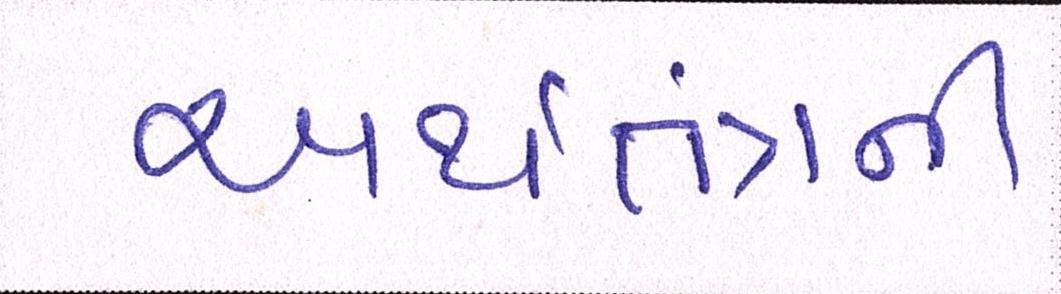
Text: અર્થતંત્રની